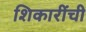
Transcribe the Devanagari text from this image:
शिकारींची